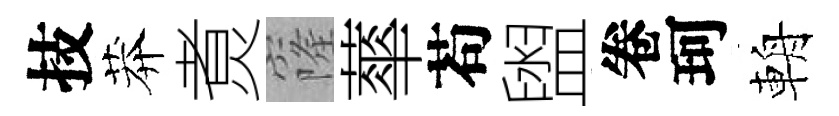
技莽煑窿蕐苟盥卷珂輈